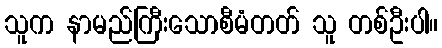
သူက နာမည်ကြီးသောစီမံတတ် သူ တစ်ဦးပါ။